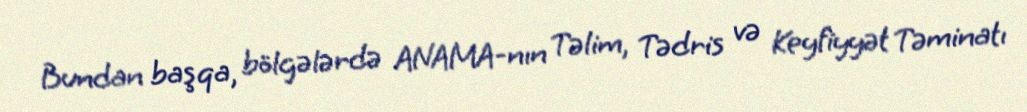
Bundan başqa, bölgələrdə ANAMA-nın Təlim, Tədris və Keyfiyyət Təminatı